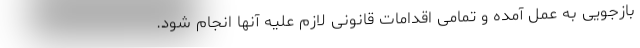
بازجویی به عمل آمده و تمامی اقدامات قانونی لازم علیه آنها انجام شود.